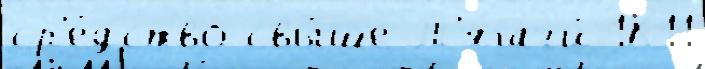
ср'е́дство свы́ше Т'ягачи́ 1К11